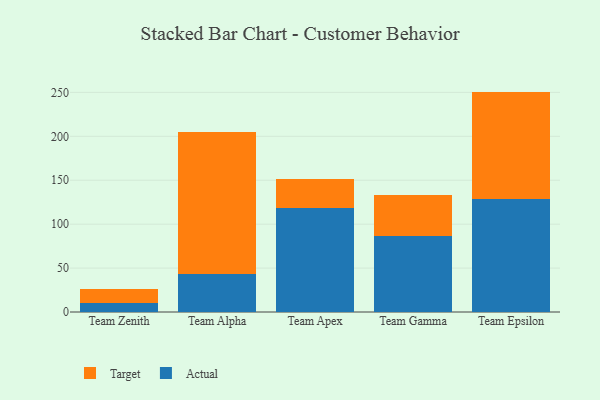
{"axis": {"x": "Team", "y": "Conversion Rate (%)"}, "legend": ["Actual", "Target"], "data": [{"x": "Team Zenith", "y": 10.8, "type": "Actual"}, {"x": "Team Zenith", "y": 15.0, "type": "Target"}, {"x": "Team Alpha", "y": 42.9, "type": "Actual"}, {"x": "Team Alpha", "y": 161.7, "type": "Target"}, {"x": "Team Apex", "y": 118.7, "type": "Actual"}, {"x": "Team Apex", "y": 32.8, "type": "Target"}, {"x": "Team Gamma", "y": 86.7, "type": "Actual"}, {"x": "Team Gamma", "y": 46.9, "type": "Target"}, {"x": "Team Epsilon", "y": 128.4, "type": "Actual"}, {"x": "Team Epsilon", "y": 122.5, "type": "Target"}]}